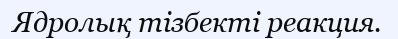
Ядролық тізбекті реакция.